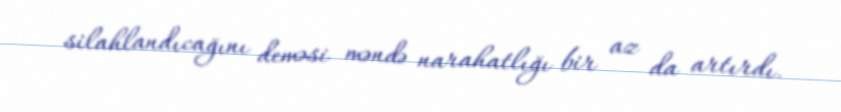
silahlandıcağını deməsi məndə narahatlığı bir az da artırdı.